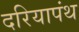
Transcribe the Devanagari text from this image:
दरियापंथ